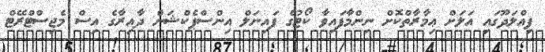
ފިއްލަދޫގައި އަލަށް ޢިމާރާތްކޮށް ނިންމާފައިވާ ކޯޓުގެ ފައިނަލް އިންސްޕެކްޝަން ދާއިރާގެ އިސް މެޖިސްޓްރޭޓް